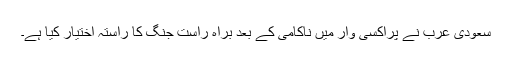
سعودی عرب نے پراکسی وار میں ناکامی کے بعد براہ راست جنگ کا راستہ اختیار کیا ہے۔